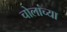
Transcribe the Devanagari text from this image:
चोलांच्या